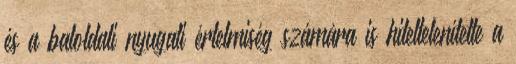
és a baloldali nyugati értelmiség számára is hiteltelenítette a